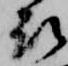
取